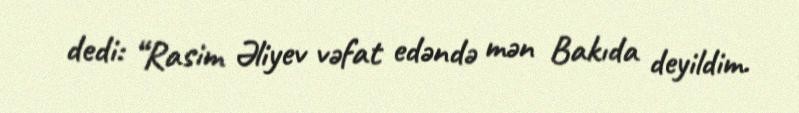
dedi: “Rasim Əliyev vəfat edəndə mən Bakıda deyildim.